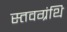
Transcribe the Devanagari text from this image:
स्तवग्रंथि